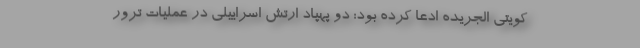
کویتی الجریده ادعا کرده بود: دو پهپاد ارتش اسراییلی در عملیات ترور